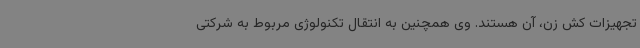
تجهیزات کش زن، آن هستند. وی همچنین به انتقال تکنولوژی مربوط به شرکتی